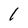
Character: 1